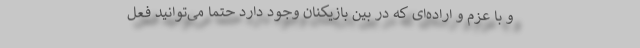
و با عزم و اراده‌ای که در بین بازیکنان وجود دارد حتما می‌توانید فعل